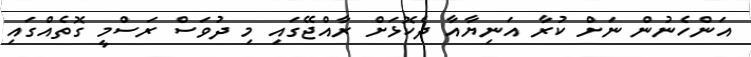
އަންހެނުން ނަށް ކުރާ އަނިޔާާއާ ދެކޮޅަށް ރާއްޖޭގައި މި ދުވަސް ރަސްމީ ގޮތެއްގައި